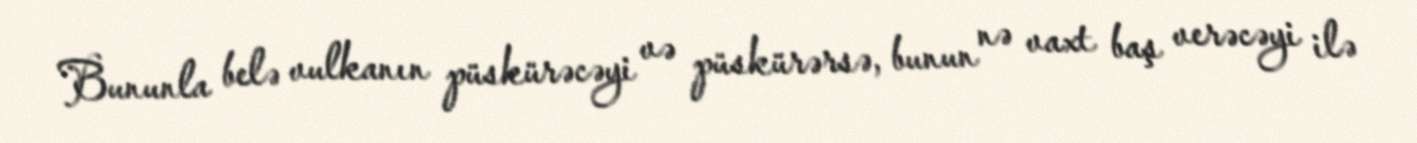
Bununla belə vulkanın püskürəcəyi və püskürərsə, bunun nə vaxt baş verəcəyi ilə